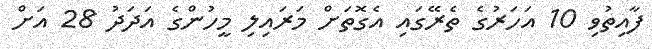
ފާއިތުވި 10 އަހަރުގެ ތެރޭގައި އެގޮތަށް މަރައިލި މީހުންގެ އަދަދު 28 އަށް